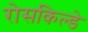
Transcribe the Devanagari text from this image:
रोसकिल्डे